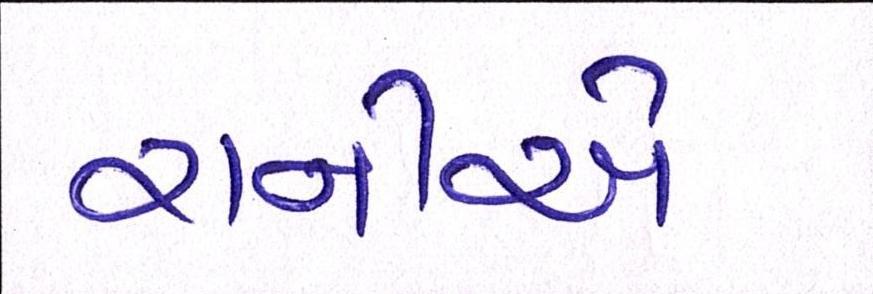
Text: રાનીએ